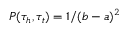
P ( \tau _ { h } , \tau _ { t } ) = 1 / ( b - a ) ^ { 2 }